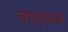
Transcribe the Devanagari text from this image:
जगद्‌धात्री